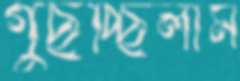
গুছচ্ছিলাম